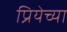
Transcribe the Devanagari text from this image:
प्रियेच्या